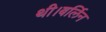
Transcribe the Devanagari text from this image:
थी।बर्लिन